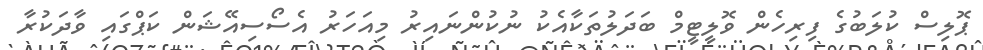
ޕޮލިސް ކުލަބުގެ ފިރިހެން ވޮލީޓީމް ބަދަލުތަކާއެކު ނުކުންނައިރު މިއަހަރު އެސޯސިއޭޝަން ކަޕްގައި ވާދަކުރާ